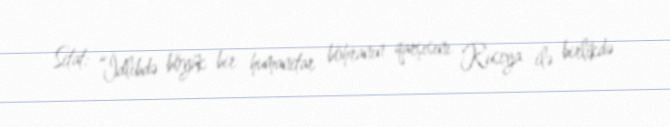
Sitat: “İdlibdə böyük bir humanitar böhranın qarşısını Rusiya ilə birlikdə